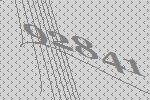
92841